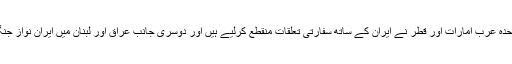
سعودی عرب اور اس کے اتحادی بحرین، سوڈان، کویت، متحدہ عرب امارات اور قطر نے ایران کے ساتھ سفارتی تعلقات منقطع کرلیے ہیں اور دوسری جانب عراق اور لبنان میں ایران نواز جنگجوؤں نے نمر النمر کی موت کا بدلہ لینے کی باتیں کی ہیں۔